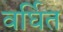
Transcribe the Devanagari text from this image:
वर्घित